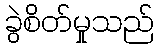
ခွဲစိတ်မှုသည်